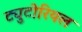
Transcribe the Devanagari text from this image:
ट्युटोरियल